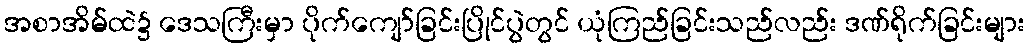
အစာအိမ်ထဲ၌ ဒေသကြီးမှာ ပိုက်ကျော်ခြင်းပြိုင်ပွဲတွင် ယုံကြည်ခြင်းသည်လည်း ဒဏ်ရိုက်ခြင်းများ